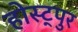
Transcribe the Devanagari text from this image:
होस्ट्पुर